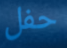
حفل